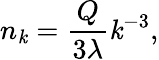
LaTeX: n_{\mathit{k}}=\frac{{Q}}{{3\lambda}}\mathit{k}^{-3},